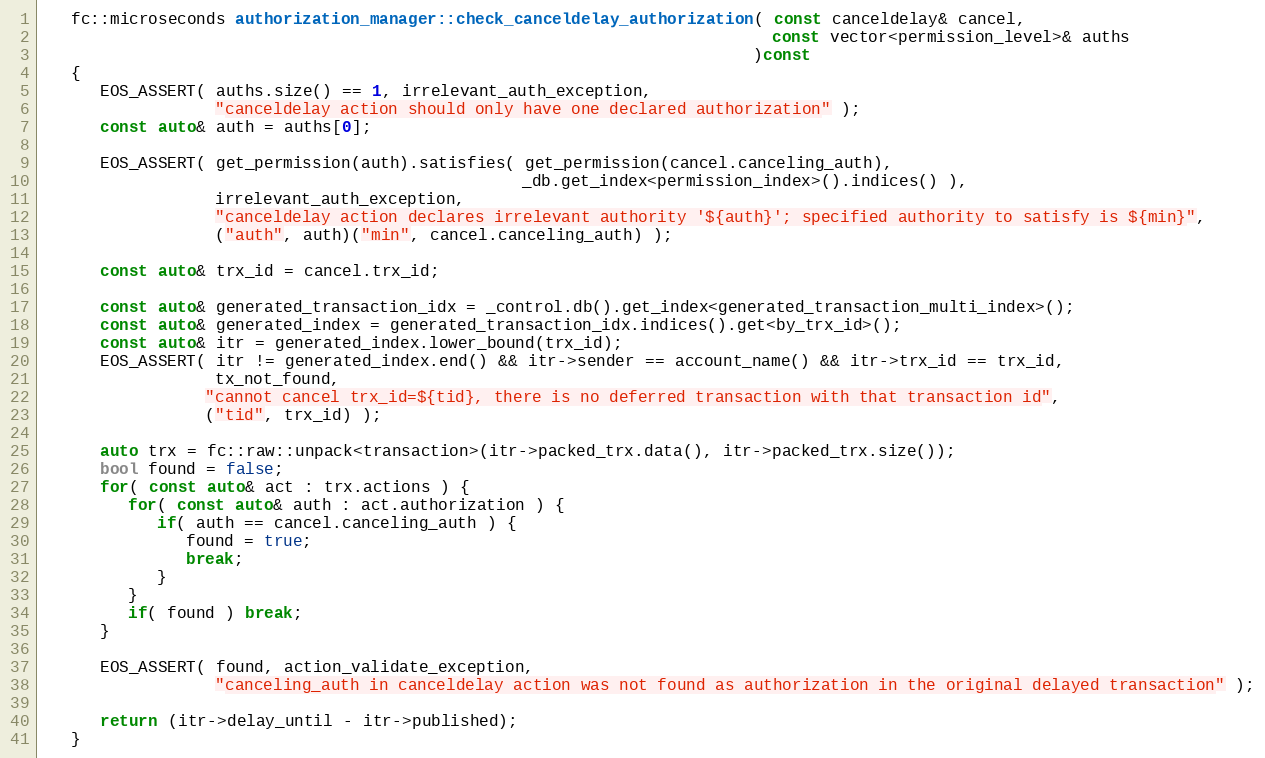
Language: C++
   fc::microseconds authorization_manager::check_canceldelay_authorization( const canceldelay& cancel,
                                                                            const vector<permission_level>& auths
                                                                          )const
   {
      EOS_ASSERT( auths.size() == 1, irrelevant_auth_exception,
                  "canceldelay action should only have one declared authorization" );
      const auto& auth = auths[0];

      EOS_ASSERT( get_permission(auth).satisfies( get_permission(cancel.canceling_auth),
                                                  _db.get_index<permission_index>().indices() ),
                  irrelevant_auth_exception,
                  "canceldelay action declares irrelevant authority '${auth}'; specified authority to satisfy is ${min}",
                  ("auth", auth)("min", cancel.canceling_auth) );

      const auto& trx_id = cancel.trx_id;

      const auto& generated_transaction_idx = _control.db().get_index<generated_transaction_multi_index>();
      const auto& generated_index = generated_transaction_idx.indices().get<by_trx_id>();
      const auto& itr = generated_index.lower_bound(trx_id);
      EOS_ASSERT( itr != generated_index.end() && itr->sender == account_name() && itr->trx_id == trx_id,
                  tx_not_found,
                 "cannot cancel trx_id=${tid}, there is no deferred transaction with that transaction id",
                 ("tid", trx_id) );

      auto trx = fc::raw::unpack<transaction>(itr->packed_trx.data(), itr->packed_trx.size());
      bool found = false;
      for( const auto& act : trx.actions ) {
         for( const auto& auth : act.authorization ) {
            if( auth == cancel.canceling_auth ) {
               found = true;
               break;
            }
         }
         if( found ) break;
      }

      EOS_ASSERT( found, action_validate_exception,
                  "canceling_auth in canceldelay action was not found as authorization in the original delayed transaction" );

      return (itr->delay_until - itr->published);
   }